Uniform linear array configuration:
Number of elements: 32
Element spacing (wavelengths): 0.5
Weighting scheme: uniform
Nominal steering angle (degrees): -60
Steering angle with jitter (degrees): -61.321
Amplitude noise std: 0.05
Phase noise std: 0.05

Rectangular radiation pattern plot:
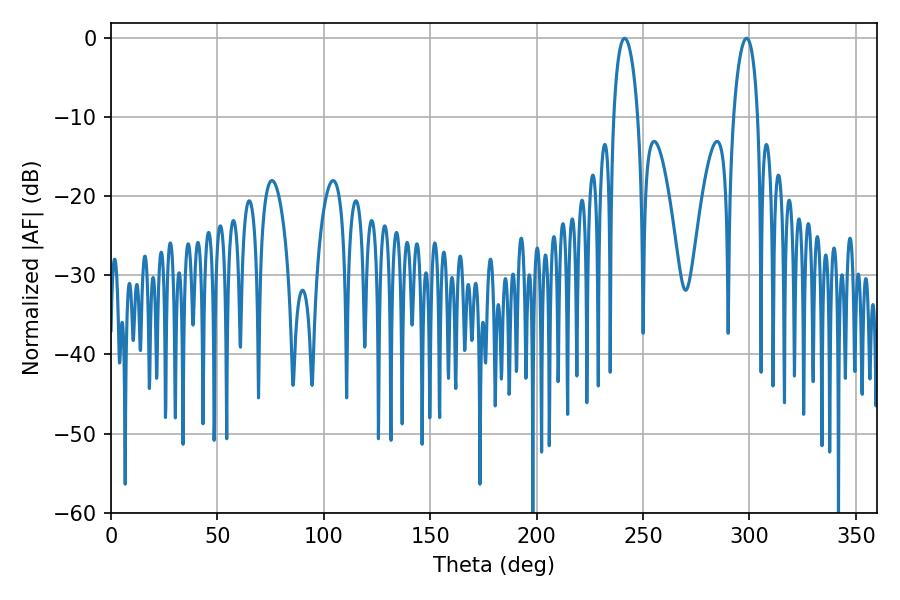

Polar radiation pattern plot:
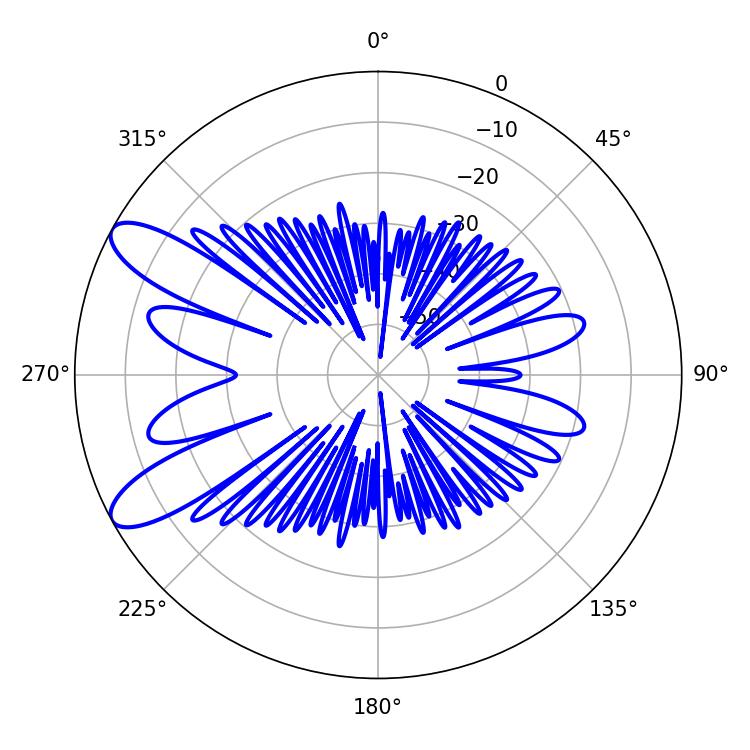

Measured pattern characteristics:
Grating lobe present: FALSE
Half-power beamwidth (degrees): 6.48
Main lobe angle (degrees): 241.38